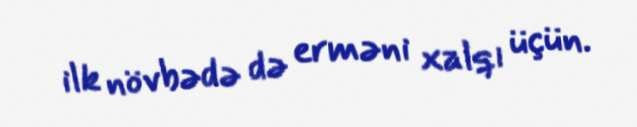
ilk növbədə də erməni xalqı üçün.